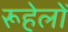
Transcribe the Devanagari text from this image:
रूहेलों